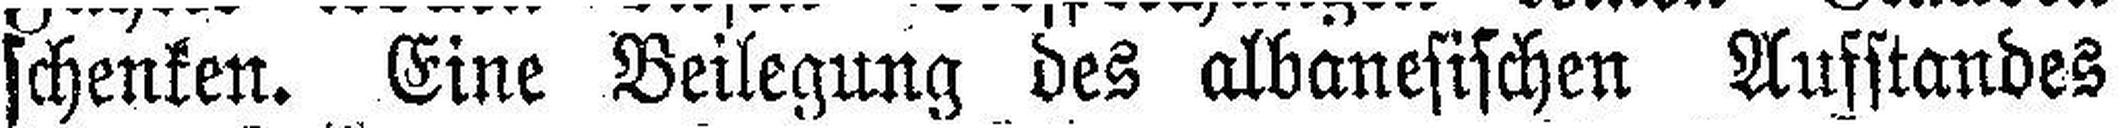
schenken. Eine Beilegung des albanesischen Aufstandes